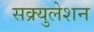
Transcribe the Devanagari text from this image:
सक्र्युलेशन